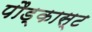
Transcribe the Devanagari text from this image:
पौड्कास्ट